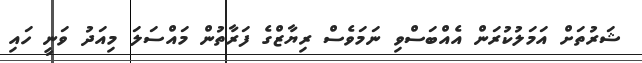
ޝަރުތަށް އަމަލުކުރަން އެއްބަސްވި ނަމަވެސް ރިޔާޒްގެ ފަރާތުން މައްސަލަ މިއަދު ވަނީ ހައި